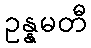
ဥန္နမတီ